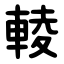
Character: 輘